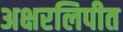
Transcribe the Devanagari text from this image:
अक्षरलिपीत